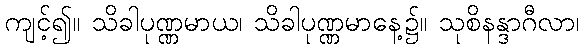
ကျင့်၍။ သိခါပုဏ္ဏမာယ၊ သိခါပုဏ္ဏမာနေ့၌။ သုစိနန္ဒာဂီလာ၊